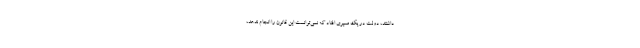
داشتند، دولت در یک مسیری افتاد که نمی‌توانست این قانون را انجام ندهد،